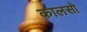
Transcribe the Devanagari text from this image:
कालसो